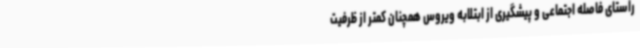
راستای فاصله اجتماعی و پیشگیری از ابتلابه ویروس همچنان کمتر از ظرفیت